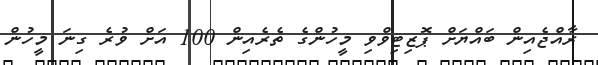
ރާއްޖެއިން ބައްޔަށް ޕޮޒިޓިވްވި މީހުންގެ ތެރެއިން 100 އަށް ވުރެ ގިނަ މީހުން